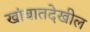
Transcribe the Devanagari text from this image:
खांबातदेखील